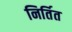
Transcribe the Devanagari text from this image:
निर्तित